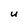
Character: u